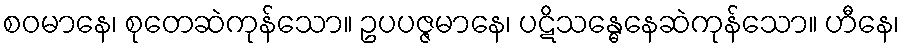
စဝမာနေ၊ စုတေဆဲကုန်သော။ ဥပပဇ္ဇမာနေ၊ ပဋိသန္ဓေနေဆဲကုန်သော။ ဟီနေ၊